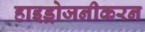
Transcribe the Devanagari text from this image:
हाइड्रोजनीकरन